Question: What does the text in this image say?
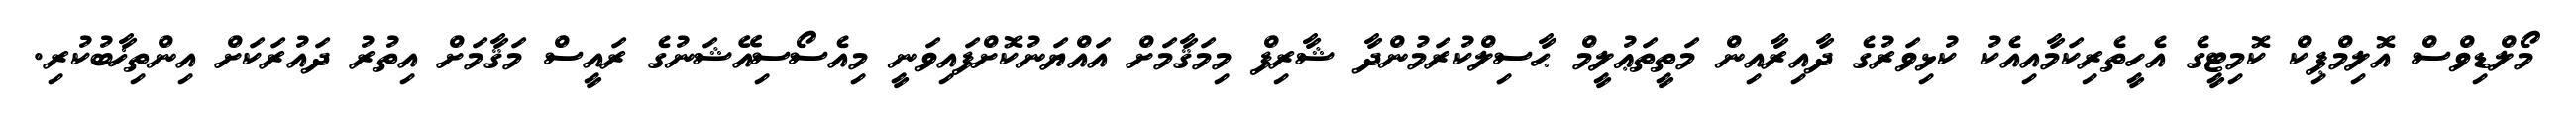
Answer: މޯލްޑިވްސް އޮލިމްޕިކް ކޮމިޓީގެ އެހީތެރިކަމާއިއެކު ކުޅިވަރުގެ ދާއިރާއިން މަތީތަޢުލީމް ޙާސިލްކުރަމުންދާ ޝާރިފް މިމަޤާމަށް އައްޔަނުކޮށްފައިވަނީ މިއެސޯސިއޭޝަނުގެ ރައީސް މަޤާމަށް އިތުރު ދައުރަކަށް އިންތިޚާބުކުރި.